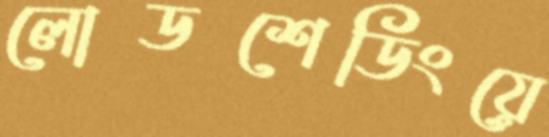
লোডশেডিংয়ে